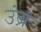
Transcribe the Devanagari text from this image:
उंब्र